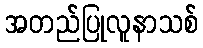
အတည်ပြုလူနာသစ်